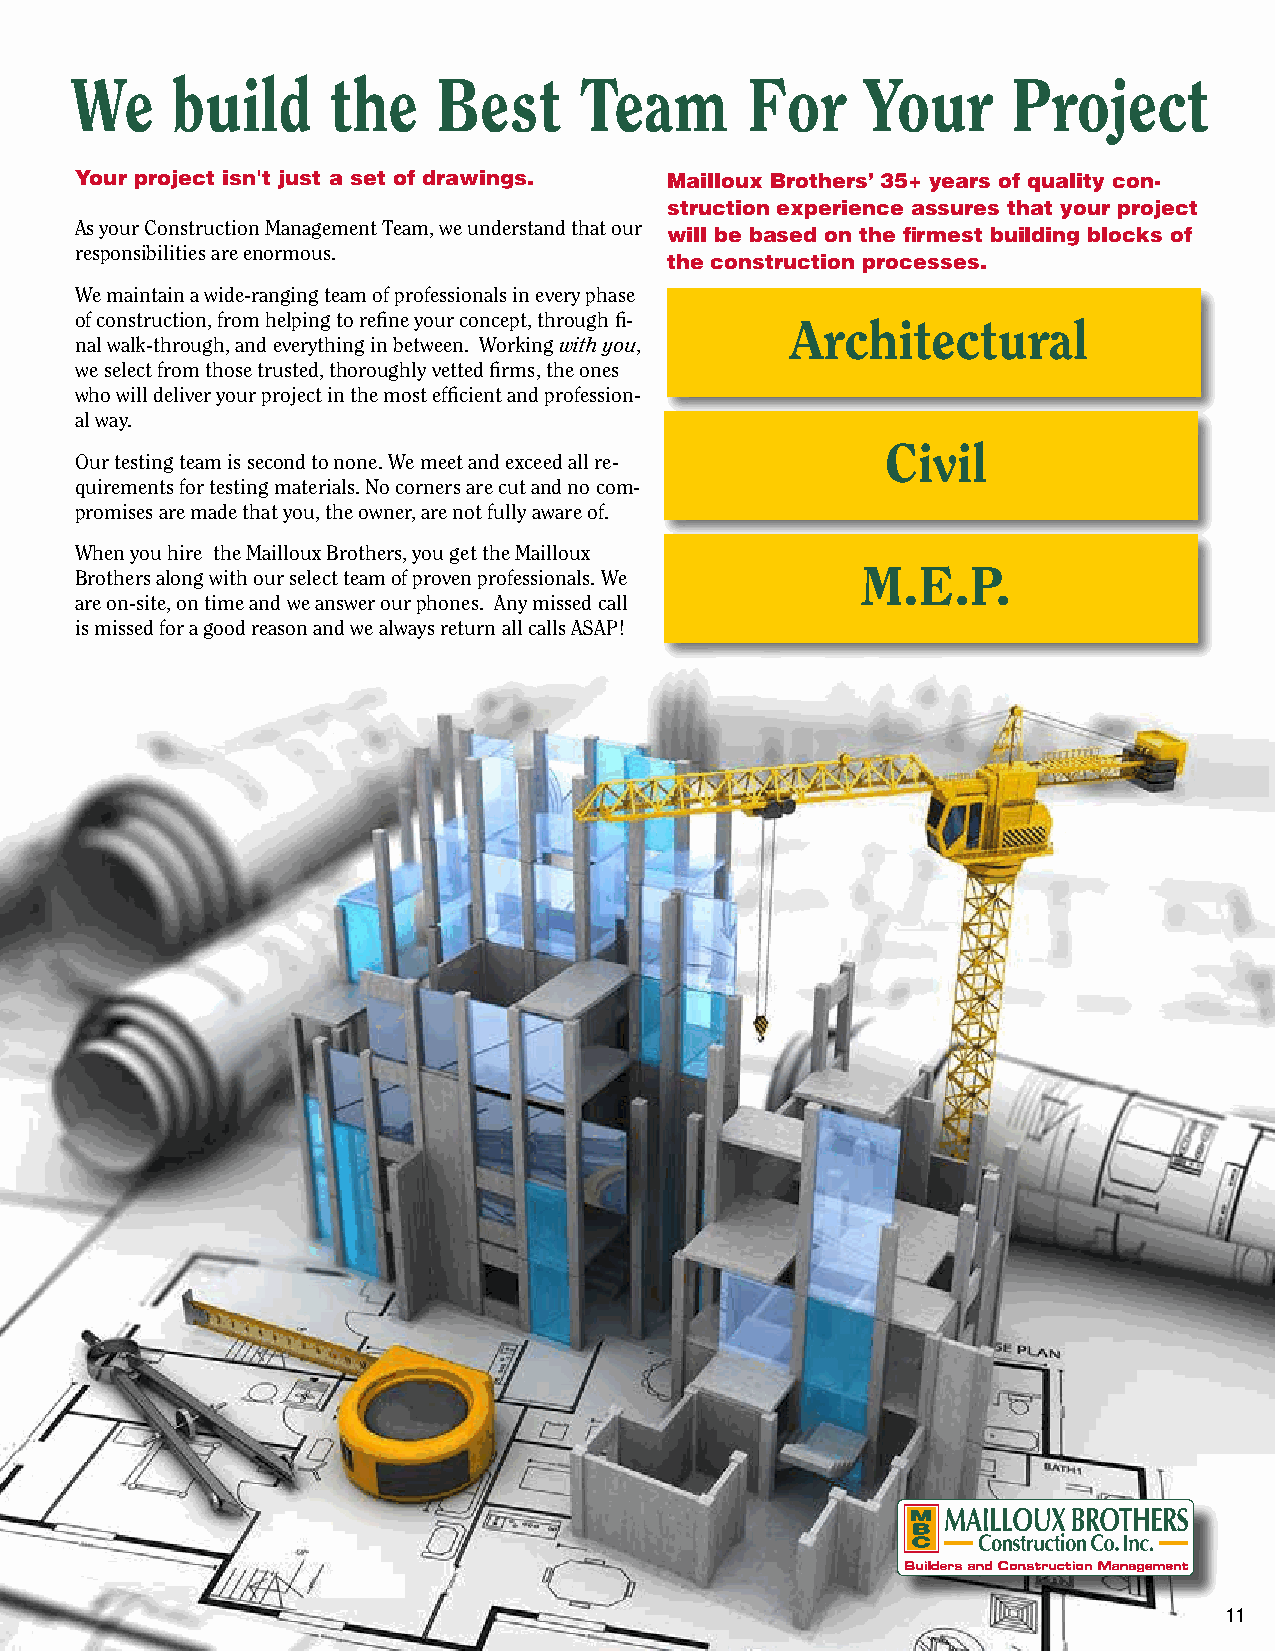
We    build      the    Best     Team       For     Your      Project
 Your project isn't just a set of drawings. Mailloux Brothers’ 35+ years of quality con-
 struction experience assures that your project
 As your Construction Management Team, we understand that our
 will be based on the firmest building blocks of
 responsibilities are enormous.
 the construction processes.
 We maintain a wide-ranging team of professionals in every phase
 of construction, from helping to refine your concept, through fi- Architectural
 nal walk-through, and everything in between. Working with you,
 we select from those trusted, thoroughly vetted firms, the ones
 who will deliver your project in the most efficient and profession-
 al way.
 Civil
 Our testing team is second to none. We meet and exceed all re-
 quirements for testing materials. No corners are cut and no com-
 promises are made that you, the owner, are not fully aware of.
 When you hire the Mailloux Brothers, you get the Mailloux
 Brothers along with our select team of proven professionals. We M.E.P.
 are on-site, on time and we answer our phones. Any missed call
 is missed for a good reason and we always return all calls ASAP!
 11